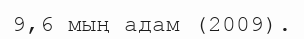
9,6 мың адам (2009).